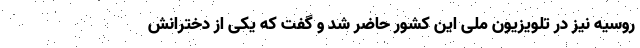
روسیه نیز در تلویزیون ملی این کشور حاضر شد و گفت که یکی از دخترانش